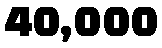
40,000